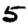
Digit: 5